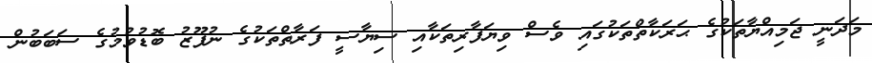
މަދަނީ ޖަމިއްޔާތަކުގެ ޙަރަކާތްތަކުގައި ވެސް ވިޔަފާރިތަކާއި ސިޔާސީ ފަރާތްތަކުގެ ނުފޫޒު ބޮޑުވުމުގެ ސަބަބުން